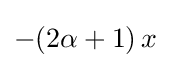
-(2\alpha +1)\,x